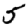
Digit: 5